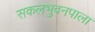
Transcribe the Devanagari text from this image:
सकलभुवनपाला